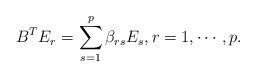
LaTeX: \begin{align*} B^TE_r= \sum_{s=1}^p \beta_{rs}E_s, r=1, \cdots, p. \end{align*}